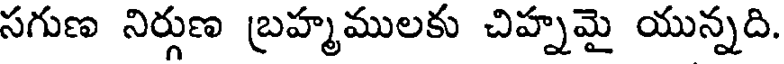
సగుణ నిర్గుణ బ్రహ్మములకు చిహ్నమై యున్నది.